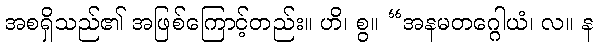
အစရှိသည်၏ အဖြစ်ကြောင့်တည်း။ ဟိ၊ စွ။ “အနမတဂ္ဂေါယံ၊ လ။ န